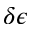
\delta \epsilon